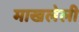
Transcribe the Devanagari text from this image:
माखलेली